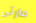
مارتى